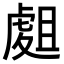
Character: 𧇈